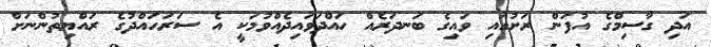
އަދި ގާސިމްގެ އުފަން ރަށުގައި ވައިގެ ބަނދަރެއް ހައްދަވައިދެއްވުމަކީ އެ ސަރަހައްދުގެ ރައްޔިތުންނަށް